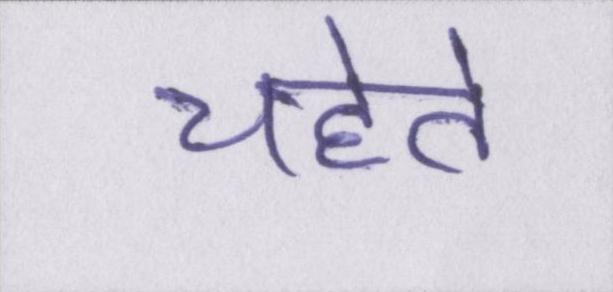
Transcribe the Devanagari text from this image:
चहेते